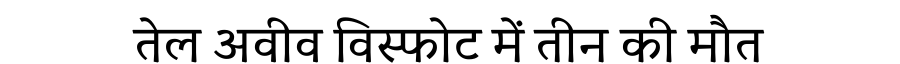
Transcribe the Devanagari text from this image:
तेल अवीव विस्फोट में तीन की मौत